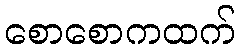
စောစောကထက်